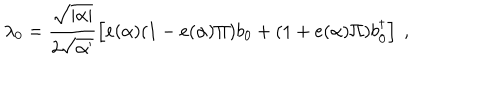
\lambda _ { 0 } = \frac { \sqrt { | \alpha | } } { 2 \sqrt { \alpha ^ { \prime } } } \left[ e ( \alpha ) ( 1 - e ( \alpha ) \Pi ) b _ { 0 } + ( 1 + e ( \alpha ) \Pi ) b _ { 0 } ^ { \dagger } \right] ~ ,